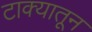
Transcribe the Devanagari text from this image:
टाक्यातून